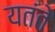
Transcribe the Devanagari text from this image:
यतंते